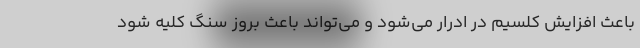
باعث افزایش کلسیم در ادرار می‌شود و می‌تواند باعث بروز سنگ کلیه شود